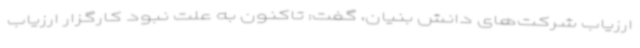
ارزیاب شرکت‌های دانش بنیان، گفت: تاکنون به علت نبود کارگزار ارزیاب